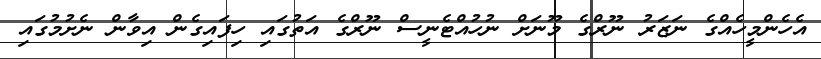
އެހެންމީހެއްގެ ނަޒަރު ނޫރްގެ މޫނަށް ނުހުއްޓެނީސް ނޫރްގެ އަތުގައި ހިފައިގެން އިވާން ނެށުމުގައި